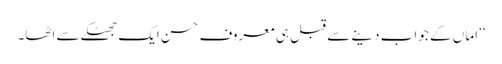
‘‘ اماں کے جواب دینے سے قبل ہی معروف حسن ایک جھٹکے سے اٹھا۔